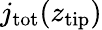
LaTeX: j_{\mathrm{tot}}(z_{\mathrm{tip}})